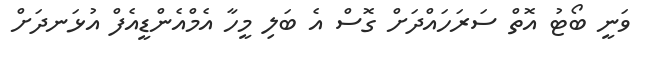
ވަނީ ބޯޓު އޮތް ސަރަހައްދަށް ގޮސް އެ ބަލި މީހާ އެމްއެންޑީއެެފް އުޅަނދަށް